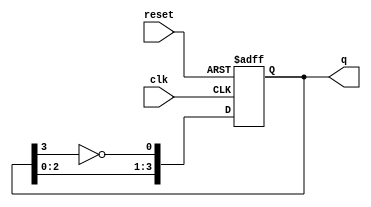
module johnson_counter #(
    parameter N = 4  // Number of flip-flops (should be even)
) (
    input wire clk,      // Clock input
    input wire reset,    // Reset input
    output reg [N-1:0] q // Output state of the counter
);

// Internal signals for the next state
wire [N-1:0] d;

// Feedback mechanism
assign d[0] = ~q[N-1]; // Inverted output of the last flip-flop
genvar i;
generate
    for (i = 1; i < N; i = i + 1) begin : shift_logic
        assign d[i] = q[i-1]; // Shift the state
    end
endgenerate

// Sequential logic for the Johnson Counter
always @(posedge clk or posedge reset) begin
    if (reset) begin
        q <= 0; // Initialize to all zeros on reset
    end else begin
        q <= d; // Update state on clock edge
    end
end

endmodule